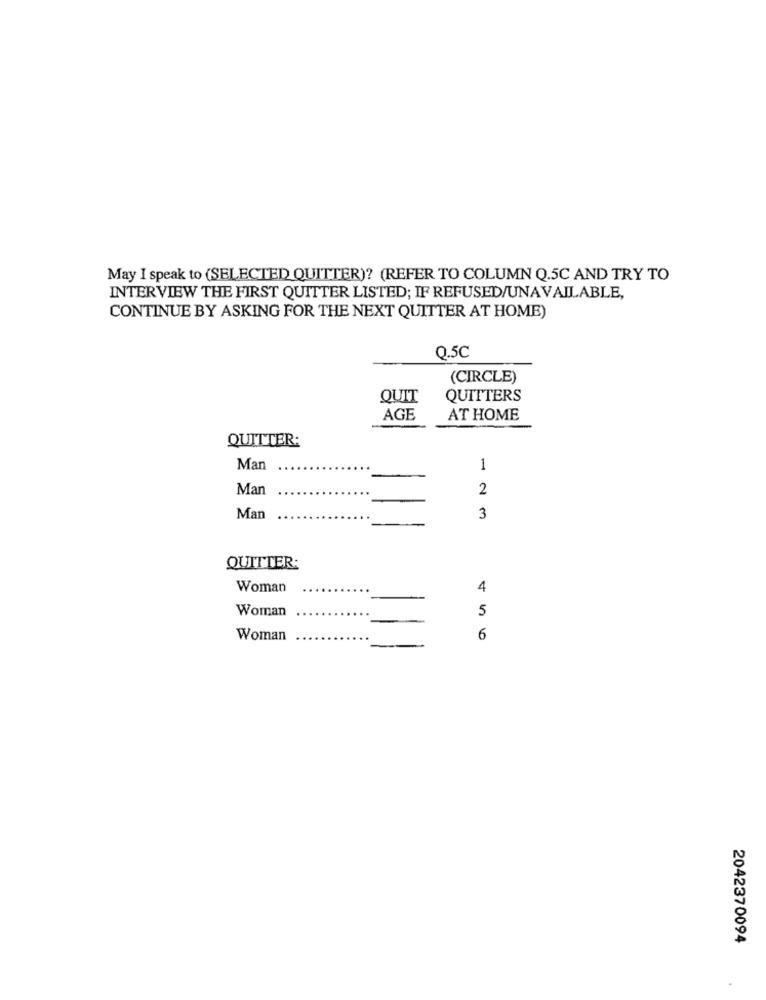
May I speak to (SELECTED QUITTER)? (REFER TO COLUMN Q.5C AND TRY TO
INTERVIEW THE FIRST QUITTER LISTED; IF REFUSED/UNAVAILABLE,
CONTINUE BY ASKING FOR THE NEXT QUITTER AT HOME)
0.5C
(CIRCLE)
QUIT
QUITTERS
AGE
AT HOME
QUITTER:
Man
1
Man
2
Man
3
-
QUITTER:
Woman
4
Woman
5
Woman
6
2042370094